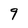
Character: 9